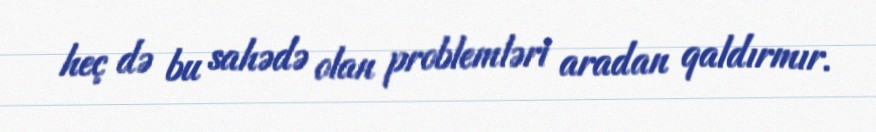
heç də bu sahədə olan problemləri aradan qaldırmır.